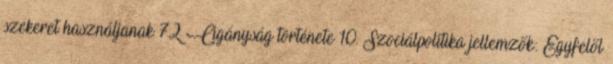
szekeret használjanak 72 Cigányság története 10. Szociálpolitika jellemzők: Egyfelől